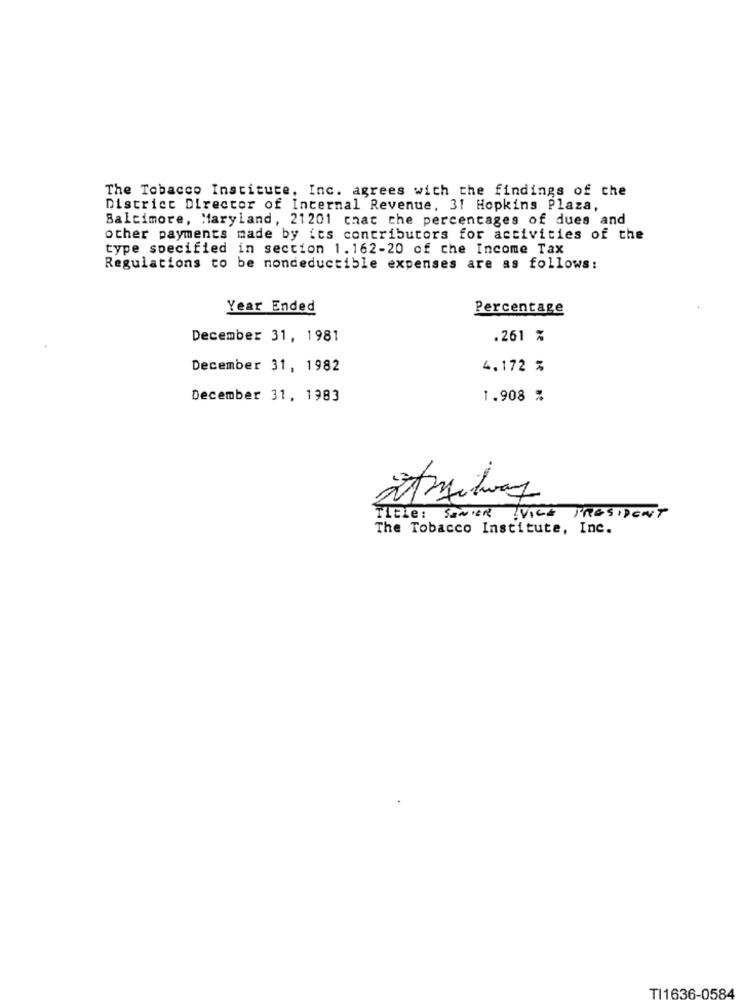
The Tobacco Institute, Inc. agrees with the findings of che
District Director of Internal Revenue, 31 Hopkins Plaza,
Baltimore, Maryland, 21201 chat the percentages of dues and
other payments made by its contributors for activities of the
type specified in section 1.162-20 of che Income Tax
Regulations to be nondeductible expenses are as follows:
Year Ended
Percentage
December 31, 1981
.261 %
December 31, 1982
4.172 %
December 31, 1983
1.908 %
Title: SENIOR VICE PRESIDENT
The Tobacco Institute, Inc.
TI1636-0584